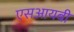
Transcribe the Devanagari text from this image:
एसआयबी